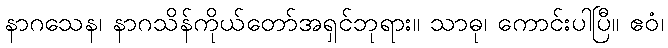
နာဂသေန၊ နာဂသိန်ကိုယ်တော်အရှင်ဘုရား။ သာဓု၊ ကောင်းပါပြီ။ ဧဝံ၊